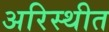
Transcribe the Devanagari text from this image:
अरिस्थीत